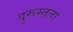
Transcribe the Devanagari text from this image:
दुरूस्तता